Sketch of the medical history of the native army of Bombay, for the year
Year: 1872
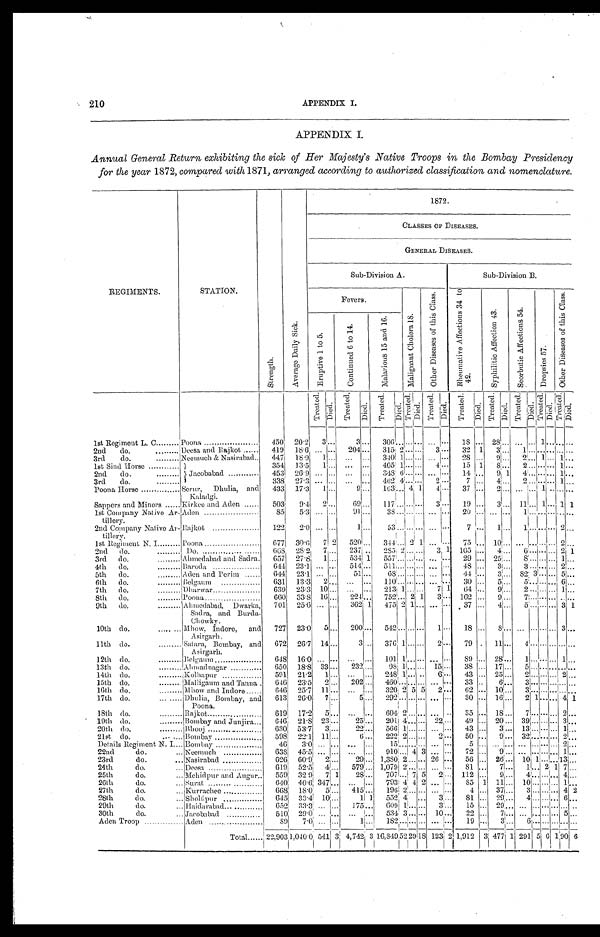
210
APPENDIX I.
APPENDIX I.
Annual General Return exhibiting the sick of Her Majesty's Native Troops in the Bombay Presidency
for the year 1872, compared with 1871, arranged according to authorized classification and nomenclature.
R E G I M E N T S .
S T A T I O N .
S t r e n g t h .
A v e r a g e D a i l y S i c k .
1872
CLASSES OF DI SEASES.
GENERAL DI SEASES.
S u b - D i v i s i o n A .
S u b - D i v i s i o n B .
F e v e r s .
M a l i g n a n t C h o l e r a 1 8 .
O t h e r D i s e a s e s o f t h i s C l a s s .
R h e u m a t i v e A f f e c t i o n s 3 4 t o 4 2 .
S y p h i l i t i c A f f e c t i o n 4 3 .
S c o r b u t i c A f f e c t i o n s 5 4 .
D r o p s i e s 5 7 .
E r u p t i v e 1 t o 5 .
C o n t i n u e d 6 t o 1 4 .
M a l a r i o u s 1 5 a n d 1 6 .
T r e a t e d .
D i e d .
T r e a t e d .
D i e d .
T r e a t e d .
D i e d .
T r e a t e d .
D i e d .
T r e a t e d .
D i e d .
T r e a t e d .
D i e d . T r e a t e d .
D i e d .
T r e a t e d . D i e d . T r e a t e d . D i e d .
1st Regiment L. C.
Poona 450
2 0 · 2
3 . . .
3 . . .
3 0 6 . . . . . . . . . . . . . . .
1 8 . . .
2 8 . . . . . . . . . 1 . . .
2nd do.
Deesa and Rajkot 419
1 8 · 6
. . . . . . 2 0 4
. . .
3 1 5 2 . . . . . .
3 . . .
3 2
1
3 . . .
1 . . . . . . . . .
3 r d d o .
Neemuch & Nasi r abad
447
1 8 · 9
1 . . .
. . .
. . .
3 4 0
1 . . . . . . . . . . . .
2 8 . . .
9 . . .
2 . . . 1 . . .
1st Sind Horse
J a c o b a b a d
354
1 3 · 5 1
. . .
. . .
. . .
4 0 5
1 . . . . . . 4
. . .
1 5
1 8 . . .
2 . . . . . . . . .
2 n d d o .
453
2 6 · 9
. . . . . .
. . .
. . .
3 4 8
6 . . . . . . . . . . . .
1 4 . . .
9 1 4
. . . . . . . . .
3 r d d o .
338
2 7 · 3
. . . . . . . . .
. . .
4 6 2 4 . . . . . . 2
. . .
7 . . . 4
. . . 2
. . . . . . . . .
Poona Horse
Ser ur , Dhul i a, and Kal adgi .
433
1 7 · 3
1 . . .
9 . . .
1 6 3 . . .
4 1 4
. . .
3 7 . . . 2
. . . . . . . . . 1 . . .
Sappers and Minors
Kirkee and Aden
503
9 · 4 2
. . .
6 9 . . . 1 1 7
. . . . . . . . . 3
. . .
1 9 . . .
3 . . .
1 1 . . . 1 . . .
1st Company Nat i ve Ar - t i l l er y.
Aden
8 5
5 · 3
. . .
. . . 9 1
. . . 3 8
. . . . . . . . . . . .
. . . 2 0
. . . . . .
. . . 1
. . . . . . . . .
2nd Company Nat i ve Ar - t i l l er y.
Rajkot
122
2 · 0
. . . . . . 1
. . . 5 3
. . . . . . . . . . . .
. . . 7
. . . 1
. . . 1
. . . . . . . . .
1st Regiment N. I.
Poona
677
3 0 · 6
7 2 5 2 0
. . .
3 4 4 2 1 . . . . . .
7 5 . . .
1 0 . . .
. . .
. . . . . . . . . . . .
2 n d d o .
Do.
6 6 8
2 8 · 2
7 . . . 2 3 7
. . .
2 8 5 . . . . . . 3
1 1 0 5 . . .
4 . . .
6 . . .
. . . . . . . . .
3 r d d o .
Abmedabad and Sadra
657
2 7 · 8
1 . . . 5 3 4
1 5 5 7
. . . . . . . . . . . . 2 9 . . .
2 5 . . .
8 . . .
. . . . . . . . .
4 t h d o .
Baroda
644
2 3 · 1
. . . . . . 5 1 4
. . . 5 1 1
. . . . . . . . . . . .
4 8
. . . 3
. . . 3 . . .
. . . . . . . . .
5 t h d o .
Aden and Perim
6 4 4
2 3 · 1
. . . . . . 5 1
. . . 6 8
. . . . . . . . . . . .
4 4 . . .
3 . . .
8 2
3 . . . . . . . . .
6 t h d o .
Belgaum
631
1 3 · 3 2
. . .
. . .
. . . 1 1 0
. . . . . . . . .
. . . 3 0
. . . 5 . . .
5 . . .
. . . . . . . . .
7 t h d o .
Dharwar
639
2 3 · 3 1 0
. . .
. . .
. . .
2 1 3 1 . . . 7 1
6 4 . . .
9 . . .
2 . . .
. . . . . . . . .
8 t h d o .
Poona
600
3 3 · 8
1 6 . . . 2 2 4
. . . 7 5 2
. . . 2 1 3
. . .
1 6 2
. . . 9
. . . 7
. . . . . . . . .
9 t h d o .
A h m e d a b a d , D w a r k a , S a d r a , a n d B u r d a - C h o w k y .
701
2 5 · 6
. . .
. . .
3 6 2
1
4 7 5
2 1
. . .
. . . . . .
3 7
. . .
4
. . .
5
. . .
. . .
. . .
10th do.
Mh o w, I n d o r e , a n d As i r g a r h .
727
2 3 · 0 5
. . . 2 0 0
. . . 5 4 2
. . . . . . . . . 1
. . . 1 8
. . .
8
. . . . . . . . . . . . . . .
1 1 t h d o .
Sa t a r a , Bomba y, a nd As i r ga r h.
6 7 2
2 6 · 7
1 4
. . . 3
. . .
3 7 6 1 . . . . . . 2
. . .
7 9 . . . 1 1
. . . 4
. . . . . . . . .
1 2 t h d o .
Bolgaum
6 4 8
1 6 · 0
. . . . . . . . .
. . .
1 0 1 1 . . . . . .
. . . . . .
8 9 . . . 2 8
. . . 1
. . . . . . . . .
1 3 t h d o .
Ahmadnagar
6 5 0
1 8 · 8
3 3 . . . 2 3 2
. . . 9 8
1 . . . . . . 1 5
. . . 3 8
. . . 1 7
. . . 5
. . . . . . . . .
1 4 t h d o .
Kolhapur
5 9 1
2 1 · 2
1
. . . . . .
. . . 2 4 8
1 . . . . . . 6
. . . 4 3
. . . 2 5
. . . 2
. . . . . . . . .
1 5 t h d o .
Mal l i gaum and Tanna
6 4 6
2 3 · 5 2
. . .
2 0 2 . . . 4 6 0
. . . . . . . . .
. . . . . .
3 3 . . . 6
. . . 3
. . . . . . . . .
1 6 t h d o .
Mhow and Indore
6 4 6
2 5 · 7
1 1
. . .
. . . . . . 3 2 0
2 5 5 2
. . .
6 2 . . . 1 0
. . . 3
. . . . . . . . .
17th do.
Dhul i a , Bomba y, a nd Poona .
6 1 3
2 6 · 0
7
. . . 5
. . . 2 9 2
. . . . . . . . .
. . .
. . .
3 0
. . .
1 6
. . . 2
1
. . .
. . .
1 8 t h d o .
Rajkot
6 1 9
1 7 · 2
5
. . .
. . . . . . 6 0 4
2 . . . . . .
. . . . . . 3 5
. . . 1 8
. . . 7
. . . . . . . . .
1 9 t h d o .
Bombay and j unj i ra
6 4 6
2 1 · 8
2 3
. . . 2 5
. . .
2 0 1 4 . . . . . . 2 2
. . . 4 9
. . . 2 0
. . . 3 9
. . . . . . . . .
2 0 t h d o .
Bhooj
6 3 0
5 3 · 7
3
. . . 2 2
. . .
5 6 6 1 . . . . . .
. . . . . . 4 3
. . . 3
. . . 1 3
. . . . . . . . .
21st do.
Bombay
5 9 8
2 2 · 1
1 1
. . . 6
. . .
2 2 2 2 . . . . . . 2
. . . 5 0
. . . 9
. . . 3 2
. . . . . . . . .
Details Regiment N. I.
Bombay
4 6
3 · 0
. . .
. . . . . .
. . . 1 5
. . . . . . . . . . . .
. . . 5
. . . . . .
. . . . . .
. . . . . . . . .
22nd do.
Neemuch
6 3 8
4 5 · 5
. . . . . . . . .
. . . 9 1 0
. . . 4 3 . . .
. . . 7 2
. . . 9
. . . . . .
. . . . . . . . .
23rd do.
Nasirabad
6 2 6
6 0 · 9
2
. . . 2 9
. . .
1 , 3 8 0 2 . . . . . .
2 6 . . . 5 6
. . . 2 6
. . . 1 0
1 . . . . . .
24th do.
Deesa
6 1 9
5 2 · 5
4
. . .
5 7 9 . . . 1 , 0 7 9
2 . . . . . .
. . . . . . 8 1
. . . 7
. . . 1
. . . 2 1
25th do.
M e h i d p u r a n d A n g u r
5 5 9
3 2 · 9
7
1 2 8
. . . 7 0 7
. . . 7 5 2
. . .
1 1 2 . . . 9
. . . 4
. . . . . . . . .
26th do.
Surat
6 4 0 4 0 · 6
3 4 7
. . .
. . . . . . 7 9 3
4 4 2 . . .
. . . 8 5
1 1 1
. . . 1 0
. . . . . . . . .
27th do.
Kurrachee
6 6 8
1 8 · 0
5
. . . 4 1 5
. . . 1 9 6
2 . . . . . . . . .
. . . 4
. . . 3 7
. . . 3
. . . . . . . . .
28th do.
Sholapur
6 4 5
3 3 · 4
1 0
. . . 1
1 5 5 2
4
. . . 3
. . . 8 1
. . . 2 9
. . . 4
. . . . . . . . .
29th do.
H a i d a r a b a d
6 5 2
3 3 · 3
. . .
. . . 1 7 5
. . .
6 0 9 1 . . . . . . 3
. . .
1 5 . . . 2 9
. . .
. . . . . . . . . . . .
30th do.
Jacobabad
5 1 0
2 9 · 0
. . .
. . . . . .
. . . 5 3 4
3 . . . . . . 1 0
. . .
2 2 . . . 7
. . . . . .
. . . . . . . . .
Aden Troop
A d e n
8 9
7 · 0
. . . . . . 1
. . . 1 8 2
. . . . . . . . . . . .
. . . 1 9
. . .
3 . . . 6
. . . . . . . . .
T o t a l
22,903 1,040·0
5 4 1 3
4,742
3
16,849
5 2 2 9
1 8
1 2 3
2
1,912
3
477
1
291
5
6
1